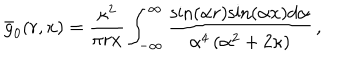
{ \bar { g } } _ { 0 } ( r , x ) = \frac { { \kappa } ^ { 2 } } { { \pi } r x } \int _ { - \infty } ^ { \infty } \frac { { \sin } ( { \alpha } r ) { \sin } ( { \alpha } x ) d { \alpha } } { { \alpha } ^ { 4 } \left( { \alpha } ^ { 2 } + 2 { \kappa } \right) } \, ,